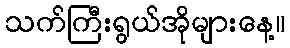
သက်ကြီးရွယ်အိုများနေ့။